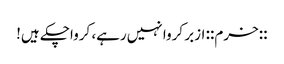
::خرم:: ازبر کروا نہیں‌رہے، کرواچکے ہیں!